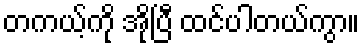
တကယ့်ကို အိုပြီ ထင်ပါတယ်ကွာ။